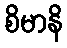
စိမာနိ